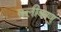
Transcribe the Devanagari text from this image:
क्लीबाणु